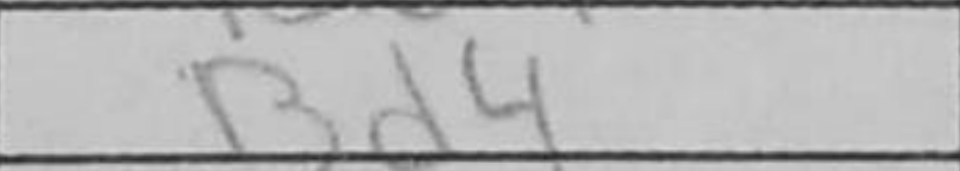
Transcription: Bd4